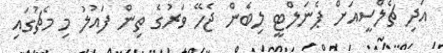
އަދި ޗެލްސީއަށް ޕެނަލްޓީ ލިބެން ޖެހޭ ވަރުގެ ތިން ފައުލު މި މެޗުގައި